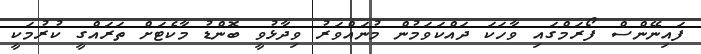
ފައިނޭންސް ފޯރަމްގައި ވާހަކަ ދައްކަވަމުން މުނައްވަރު ވިދާޅުވީ ބޮންޑު މާކެޓަށް ތަރައްގީ ކުުރުމަކީ